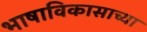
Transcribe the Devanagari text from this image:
भाषाविकासाच्या